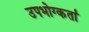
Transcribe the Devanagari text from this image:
उपभोग्कर्ता